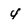
Character: 4